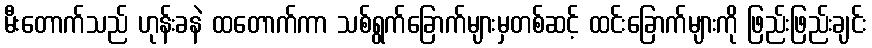
မီးတောက်သည် ဟုန်းခနဲ ထတောက်ကာ သစ်ရွက်ခြောက်များမှတစ်ဆင့် ထင်းခြောက်များကို ဖြည်းဖြည်းချင်း